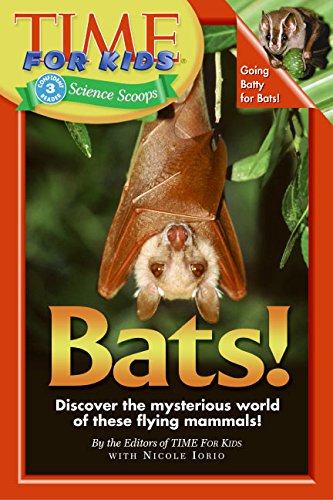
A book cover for Bats! (Time for Kids Science Scoops, Level 3); Nicole Iorio; Children's Books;